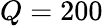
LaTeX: Q=200